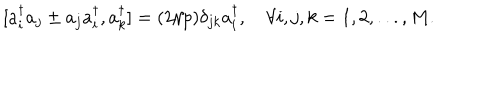
LaTeX: [ a _ { i } ^ { \dagger } a _ { j } \pm a _ { j } a _ { i } ^ { \dagger } , a _ { k } ^ { \dagger } ] = ( 2 / p ) \delta _ { j k } a _ { i } ^ { \dagger } , \quad \forall i , j , k = 1 , 2 , . . . , M .